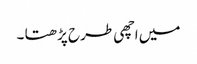
میں اچھی طرح پڑھتا ۔